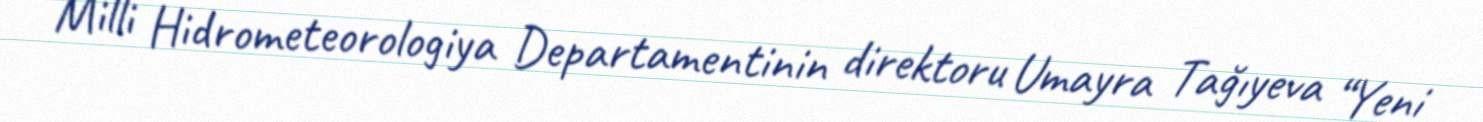
Milli Hidrometeorologiya Departamentinin direktoru Umayra Tağıyeva “Yeni